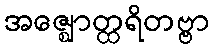
အဇ္ဈောတ္ထရိတဗ္ဗာ